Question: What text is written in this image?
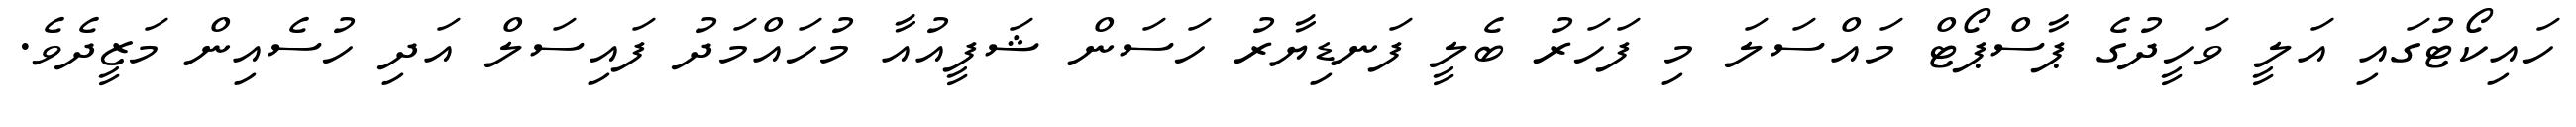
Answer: ހައިކޯޓުގައި އަލީ ވަހީދުގެ ޕާސްޕޯޓް މައްސަލަ މި ފަހަރު ބެލީ ފަނޑިޔާރު ހަސަން ޝަފީއުއާ މުހައްމަދު ފައިސަލް އަދި ހުސެއިން މަޒީދެވެ.